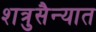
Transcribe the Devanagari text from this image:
शत्रुसैन्यात